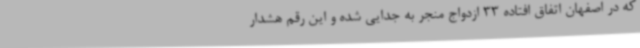
که در اصفهان اتفاق افتاده 33 ازدواج منجر به جدایی شده و این رقم هشدار